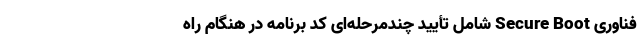
فناوری Secure Boot شامل تأیید چندمرحله‌ای کد برنامه در هنگام راه‌